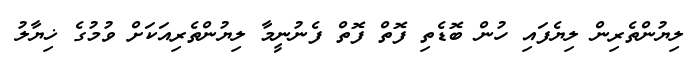
ލިޔުންތެރިން ލިޔެފައި ހުން ބޮޑެތި ފޮތް ފޮތް ފެނުނީމާ ލިޔުންތެރިއަކަށް ވުމުގެ ޚިޔާލު